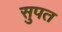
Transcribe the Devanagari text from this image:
सुपत